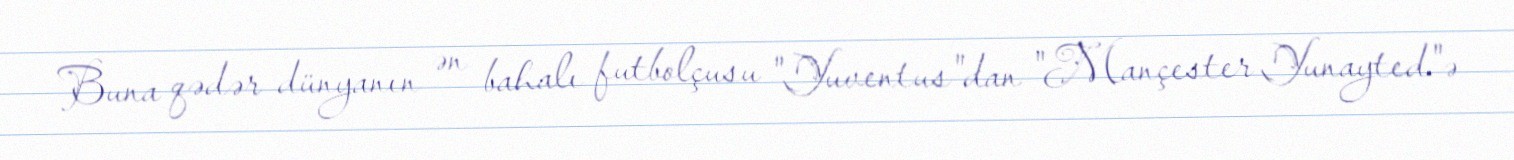
Buna qədər dünyanın ən bahalı futbolçusu "Yuventus"dan "Mançester Yunayted"ə